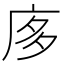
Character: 㢁